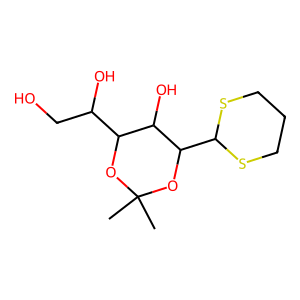
SMILES: CC1(C)OC(C(O)CO)C(O)C(C2SCCCS2)O1
Inhibits HIV replication: No